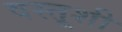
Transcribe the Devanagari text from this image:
वस्तूशी